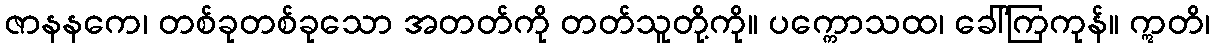
ဇာနနကေ၊ တစ်ခုတစ်ခုသော အတတ်ကို တတ်သူတို့ကို။ ပက္ကောသထ၊ ခေါ်ကြကုန်။ ဣတိ၊